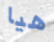
هيا